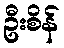
ဦးစိန်